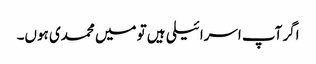
اگر آپ اسرائیلی ہیں تو میں محمدی ہوں۔